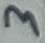
Text: 3